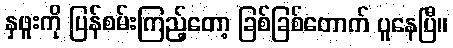
နှဖူးကို ပြန်စမ်းကြည့်တော့ ခြစ်ခြစ်တောက် ပူနေပြီ။